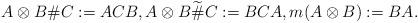
LaTeX: \begin{align*}A\otimes B \# C := ACB, A\otimes B \widetilde{\#} C := BCA, m(A\otimes B) := BA.\end{align*}